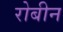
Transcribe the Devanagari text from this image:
रोबीन